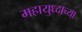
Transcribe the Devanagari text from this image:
महायुध्दाच्या